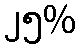
၂၅%